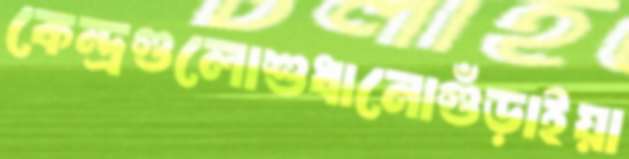
কেন্দ্রগুলোশুধানোগুঁড়াইয়া